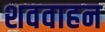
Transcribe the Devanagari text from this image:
शववाहन